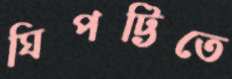
ঘিপট্টিতে